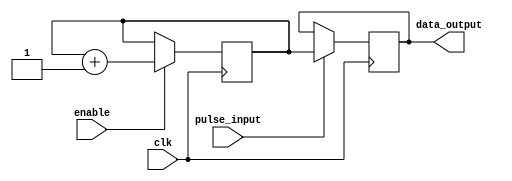

module FrequencyDecoder (
    input wire pulse_input,
    input wire enable,
    input wire clk,
    output reg [7:0] data_output
);
    reg [7:0] counter = 8'b00000000; // Initialize the counter

    always @(posedge clk) begin
        if (enable) begin // Only count when enabled by the PLL
            counter <= counter + 1; // Increment the counter
        end
    end

    // Output the decoded data when a pulse is received
    always @(posedge clk) begin
        if (pulse_input) begin
            data_output <= counter;
        end
    end
endmodule